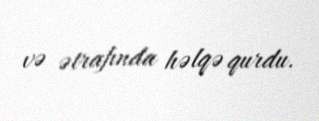
və ətrafında həlqə qurdu.